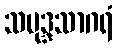
သမုဒ္ဒသာဂရံ